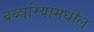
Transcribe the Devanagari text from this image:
बव्हारियामधील